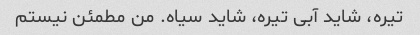
تیره، شاید آبی تیره، شاید سیاه. من مطمئن نیستم